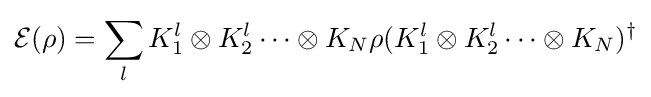
{\cal {E}}(\rho )=\sum _{l}K_{1}^{l}\otimes K_{2}^{l}\dots \otimes K_{N}\rho (K_{1}^{l}\otimes K_{2}^{l}\dots \otimes K_{N})^{\dagger }